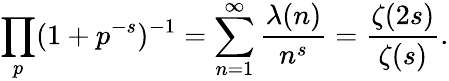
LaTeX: \prod_{p}(1+p^{-s})^{-1}=\sum_{n=1}^{\infty}{\frac{\lambda(n)}{n^{s}}}={\frac{\zeta(2s)}{\zeta(s)}}.